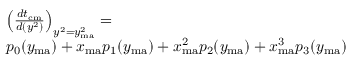
\begin{array} { r l } { ~ ~ ~ } & { \left( \frac { d t _ { \mathrm { c m } } } { d ( y ^ { 2 } ) } \right) _ { y ^ { 2 } = y _ { \mathrm { m a } } ^ { 2 } } = } \\ & { p _ { 0 } ( y _ { \mathrm { m a } } ) + x _ { \mathrm { m a } } p _ { 1 } ( y _ { \mathrm { m a } } ) + x _ { \mathrm { m a } } ^ { 2 } p _ { 2 } ( y _ { \mathrm { m a } } ) + x _ { \mathrm { m a } } ^ { 3 } p _ { 3 } ( y _ { \mathrm { m a } } ) } \end{array}